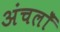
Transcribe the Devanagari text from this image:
अंचलोँ